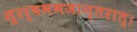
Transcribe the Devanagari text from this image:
सुरर्षभभजान्तरात्।